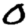
Digit: 0